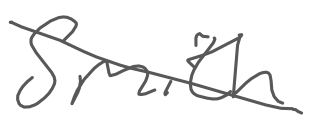
Text: Smith
Cross-out: diagonal
Writing tool: digital_gray